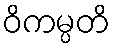
ဝိကမ္ပတိ